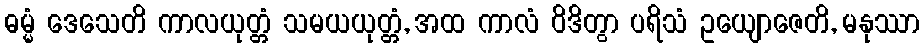
ဓမ္မံ ဒေသေတိ ကာလယုတ္တံ သမယယုတ္တံ, အထ ကာလံ ဝိဒိတွာ ပရိသံ ဥယျောဇေတိ, မနုဿာ